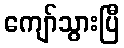
ကျော်သွားပြီ